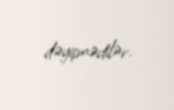
dəyişmədilər.